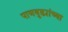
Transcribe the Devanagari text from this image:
पाणबुड्यांच्या